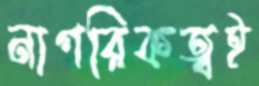
নাগরিকত্বই